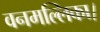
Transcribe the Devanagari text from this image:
वनमल्लिका।